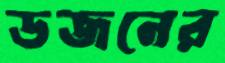
ডজনের